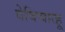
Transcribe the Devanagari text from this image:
वेविचात्हू